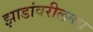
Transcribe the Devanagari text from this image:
झाडांवरीलमध